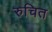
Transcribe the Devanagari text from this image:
रुचित